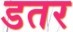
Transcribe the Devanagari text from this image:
डतर